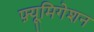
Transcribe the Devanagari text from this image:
फ़्यूमिगेशन